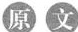
原 文